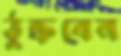
ঠুক্‌রবেন